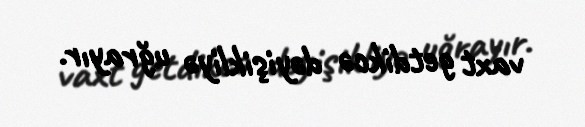
vaxt getdikcə dəyişikliyə uğrayır.